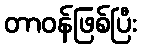
တာဝန်ဖြစ်ပြီး